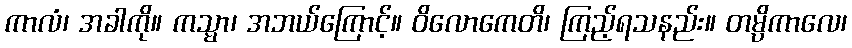
ကာလံ၊ အခါကို။ ကသ္မာ၊ အဘယ်ကြောင့်။ ဝိလောကေတိ၊ ကြည့်ရသနည်း။ တမ္ပိကာလေ၊